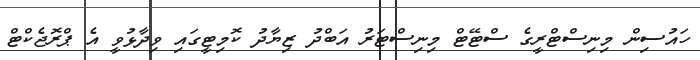
ހައުސިން މިނިސްޓްރީގެ ސްޓޭޓް މިނިސްޓަރު އަބްދު ޒިޔާދު ކޮމިޓީގައި ވިދާޅުވީ އެ ޕްރޮޖެކްޓް